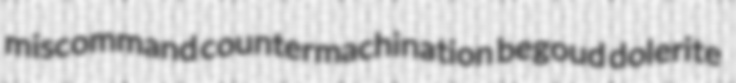
miscommand countermachination begoud dolerite